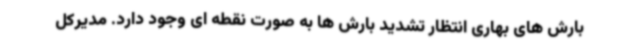
بارش های بهاری انتظار تشدید بارش ها به صورت نقطه ای وجود دارد. مدیرکل